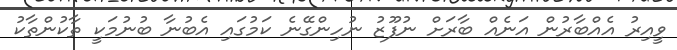
ވީއިރު އެއްބާރުން އަނެއް ބާރަށް ނުފޫޒު ނުހިންގޭނެ ކަމުގައި އެބުނާ ބުނުމަކީ ތާކުންތާކު